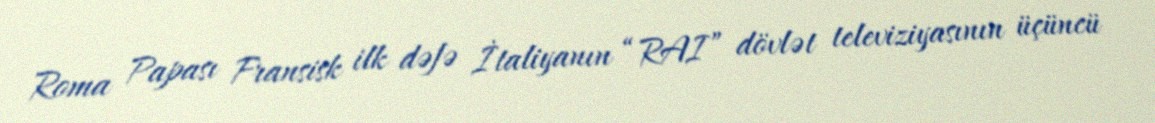
Roma Papası Fransisk ilk dəfə İtaliyanın “RAI” dövlət televiziyasının üçüncü